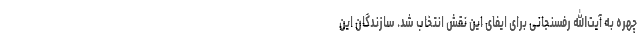
چهره به آیت‌الله رفسنجانی برای ایفای این نقش انتخاب شد. سازندگان این